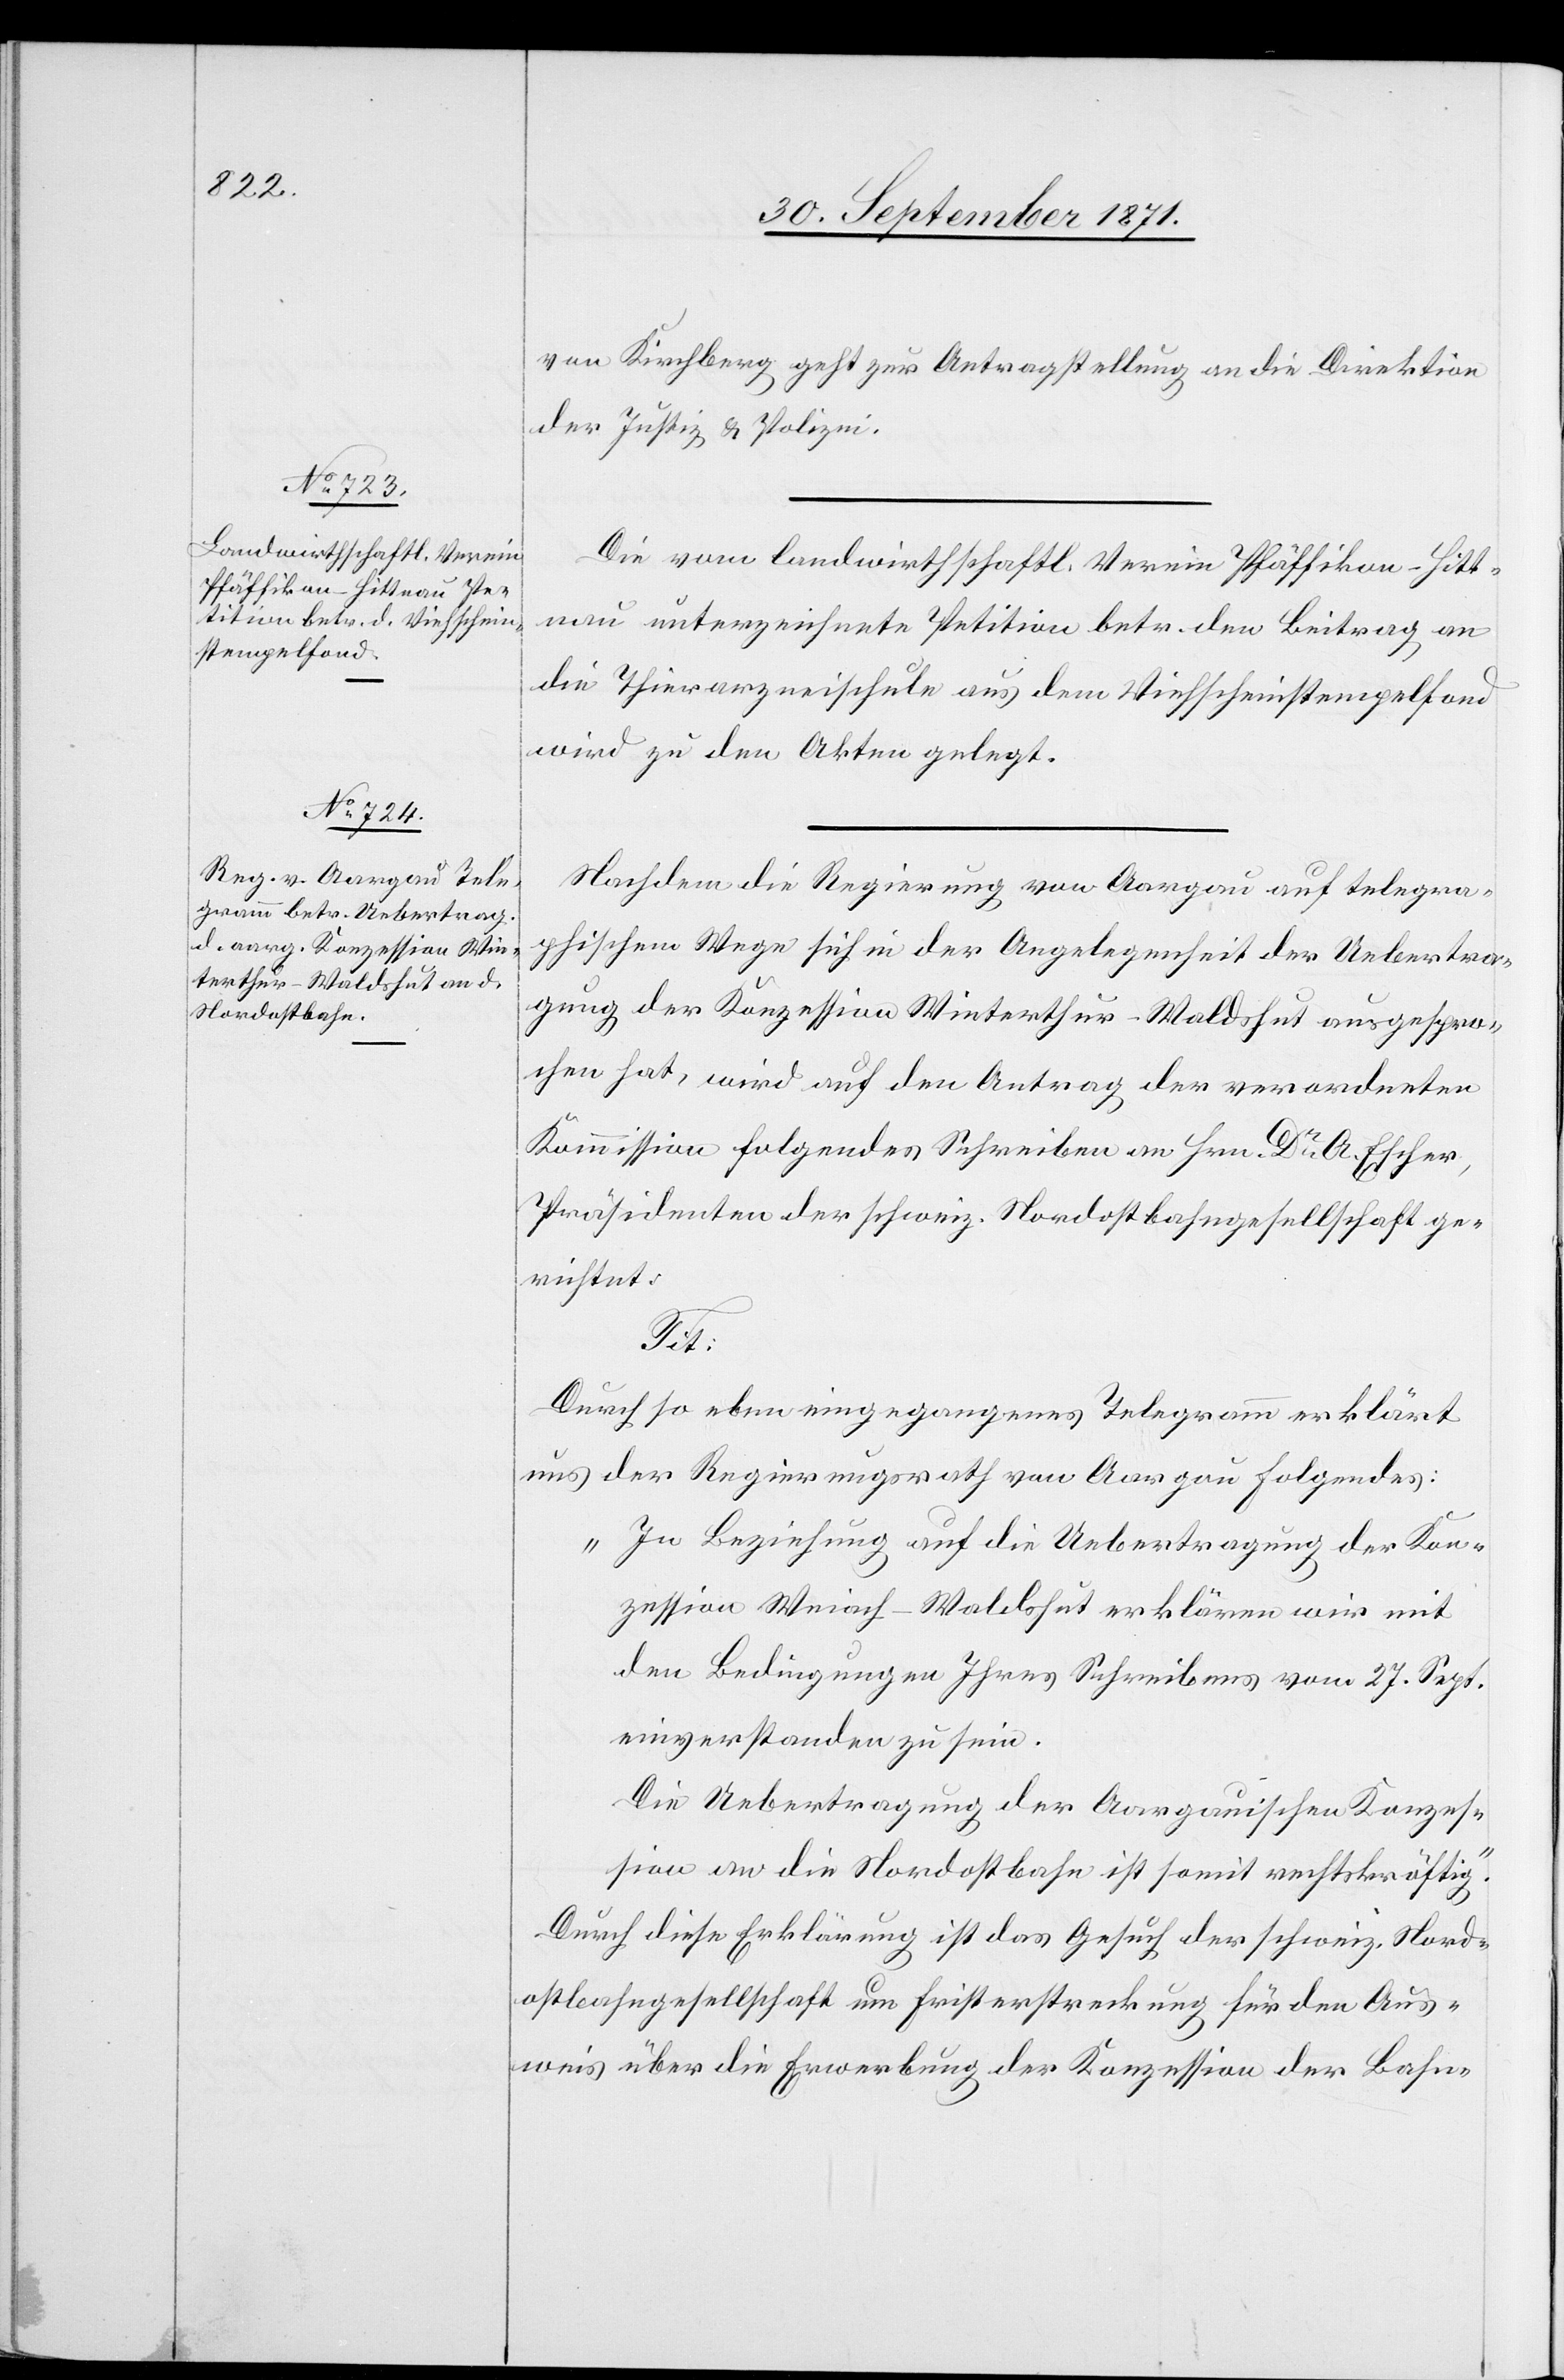
30. September 1871.]
von Kirchberg geht zur Antragstellung an die Direktion
der Justiz & Polizei.
Die vom landwirthschaftl. Verein Pfäffikon - Hitt¬
nau unterzeichnete Petition betr. den Beitrag an
die Thierarzneischule aus dem Viehscheinstempelfond
wird zu den Akten gelegt.
Nachdem die Regierung von Aargau auf telegra¬
phischem Wege sich in der Angelegenheit der Uebertra¬
gung der Konzession Winterthur–Waldshut ausgespro¬
chen hat, wird auf den Antrag der verordneten
Kommission folgendes Schreiben an Hrn. Dr A. Escher,
Präsidenten der schweiz. Nordostbahngesellschaft ge¬
richtet:
Tit:
Durch so eben eingegangenes Telegramm erklärt
uns der Regierungsrath von Aargau folgendes:
„In Beziehung auf die Uebertragung der Kon¬
zession Weiach–Waldshut erklären wir mit
den Bedingungen ihres Schreibens vom 27. Sept.
einverstanden zu sein.
Die Uebertragung der Aargauischen Konzes¬
sion an die Nordostbahn ist somit rechtskräftig.“
Durch diese Erklärung ist das Gesuch der schweiz. Nord¬
ostbahngesellschaft um Fristerstreckung für den Aus¬
weis über die Erwerbung der Konzession der Bahn-